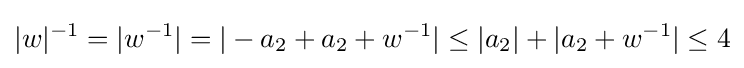
|w|^{-1}=|w^{-1}|=|-a_{2}+a_{2}+w^{-1}|\leq |a_{2}|+|a_{2}+w^{-1}|\leq 4